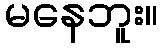
မနေဘူး။